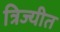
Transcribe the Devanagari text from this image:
त्रिज्यीत